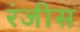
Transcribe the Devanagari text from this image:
रंजीस